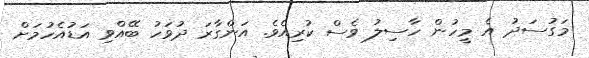
މަގުސަދު އެ މީހުން ހާސިލު ވެސް ކުރިއެވެ. އަންގާރަ ދުވަހު ބޭއްވި އަޑުއެހުމަށް